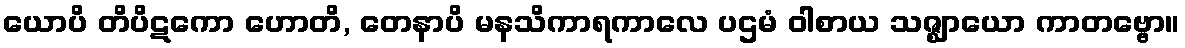
ယောပိ တိပိဋကော ဟောတိ, တေနာပိ မနသိကာရကာလေ ပဌမံ ဝါစာယ သဇ္ဈာယော ကာတဗ္ဗော။